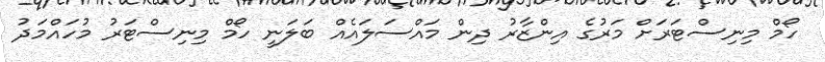
ހޯމް މިނިސްޓަރަށް މަރުގެ އިންޒާރު ދިން މައްސަލައެއް ބަލަނީ ހޯމް މިނިސްޓަރު މުހައްމަދު